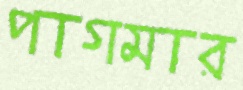
পাগমার